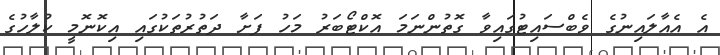
އެ އެއާލައިނުގެ ވެބްސައިޓުގައިވާ ގޮތުންނަމަ އޮކްޓޯބަރު މަހު ފަށާ ދަތުރުތަކުގައި އިކޮނޮމީ ކުލާހުގެ